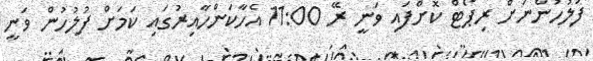
ފުލުހުންނަށް ރިޕޯޓް ކޮށްފައި ވަނީ ރޭ 11:00 އެހާކަންހާއިރުގައި ކަމަށް ފުލުހުން ވަނީ